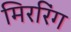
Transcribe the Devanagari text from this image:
मिररिंग